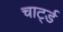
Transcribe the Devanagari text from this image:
चार्ट्ड